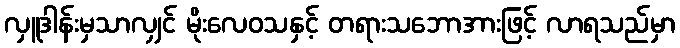
လှူဒါန်းမှသာလျှင် မိုးလေဝသနှင့် တရားသဘောအားဖြင့် လာရသည်မှာ